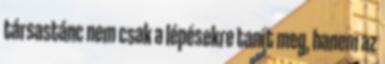
társastánc nem csak a lépésekre tanít meg, hanem az